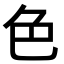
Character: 色